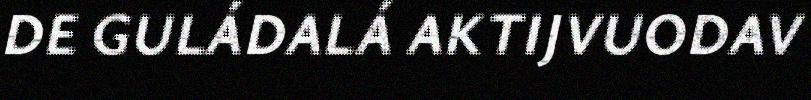
DE GULÁDALÁ AKTIJVUODAV